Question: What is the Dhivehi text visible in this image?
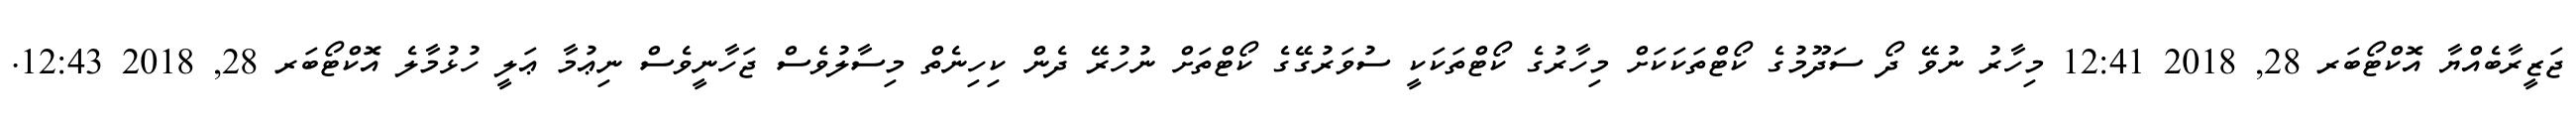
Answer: ޖަޒީރާބެއްޔާ އޮކްޓޯބަރ 28, 2018 12:41 މިހާރު ނުވޭ ދޯ ސަދޫމުގެ ކޯޓްތަކަކަށް މިހާރުގެ ކޯޓްތަކަކީ ސުވަރުގޭގެ ކޯޓްތަށް ނުހުރޭ ދެން ކިހިނެތް މިސާލުވެސް ޖަހާނީވެސް ނިޢުމާ ޢަލީ ހުޅުމާލެ އޮކްޓޯބަރ 28, 2018 12:43.